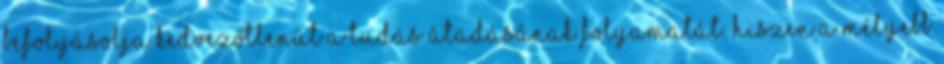
befolyásolja kedvezőtlenül a tudás átadásának folyamatát. Hiszen a mélyebb